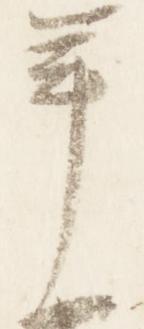
年